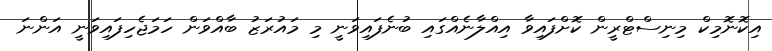
އިކޮނޮމިކް މިނިސްޓްރީން ކޮށްފައިވާ އިއްލާނެއްގައި ބުނެފައިވަނީ މި މައުރަޒު ބާއްވަން ހަަމަޖެހިފައިވަނީ އަންނަ